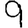
Digit: 9